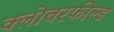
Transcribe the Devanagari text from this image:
क्लोवरफील्ड